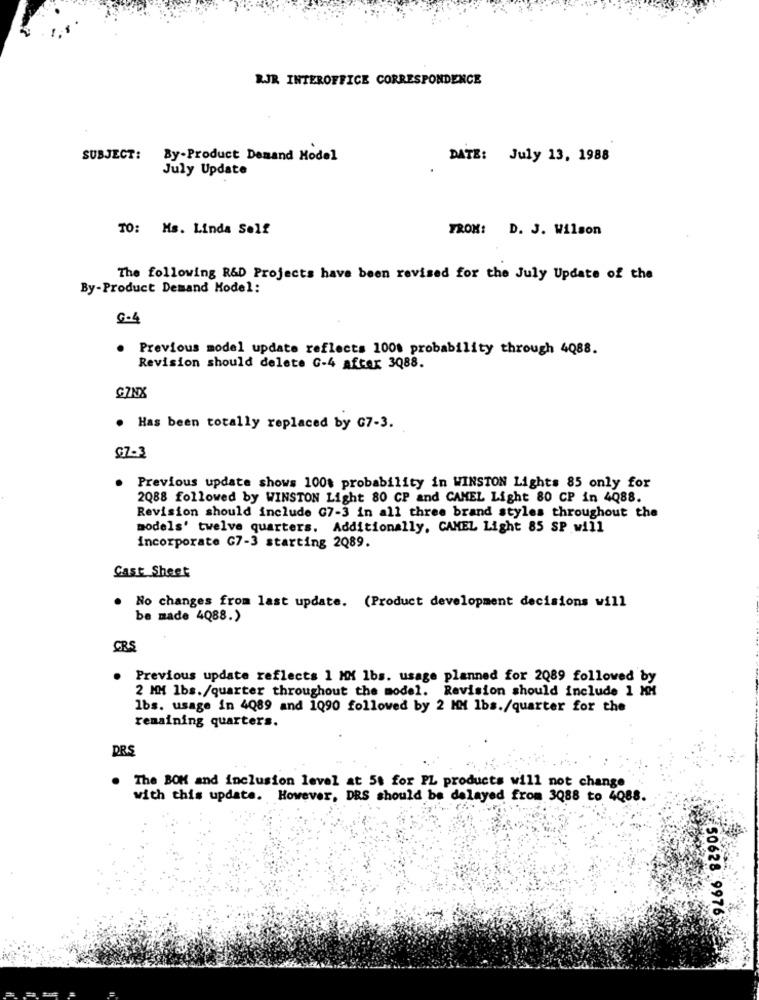
RJR INTEROFFICE CORRESPONDENCE
SUBJECT:
By-Product Demand Model
DATE: July 13, 1988
July Update
TO: Ms. Linda Self
FROM: D. J. Wilson
The following R&D Projects have been revised for the July Update of the
By-Product Demand Model:
G-4
. Previous model update reflects 1000 probability through 4088.
Revision should delete G-4 after 3088.
G7NX
. Has been totally replaced by C7-3.
67-3
Previous update shows 100% probability in WINSTON Lights 85 only for
2088 followed by WINSTON Light 80 CP and CAMEL Light 80 CP in 4Q88.
Revision should include G7-3 in all three brand styles throughout the
models' twelve quarters. Additionally, CAMEL Light 85 SP will
incorporate G7-3 starting 2Q89.
Cast Sheet
. No changes from last update. (Product development decisions will
be made 4Q88.)
CRS
Previous update reflects 1 MM lbs. usage planned for 2089 followed by
2 MM lbs./quarter throughout the model. Revision should include 1 MM
lbs. usage in 4Q89 and 1Q90 followed by 2 MM lbs./quarter for the
remaining quarters.
PRS
The BOM and inclusion level at 58 for PL products will not change
with this update. However, DRS should be delayed from 3088 to 4Q88.
50628. 9976